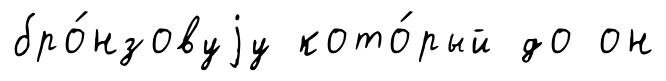
бро́нзовуjу кото́рый до он